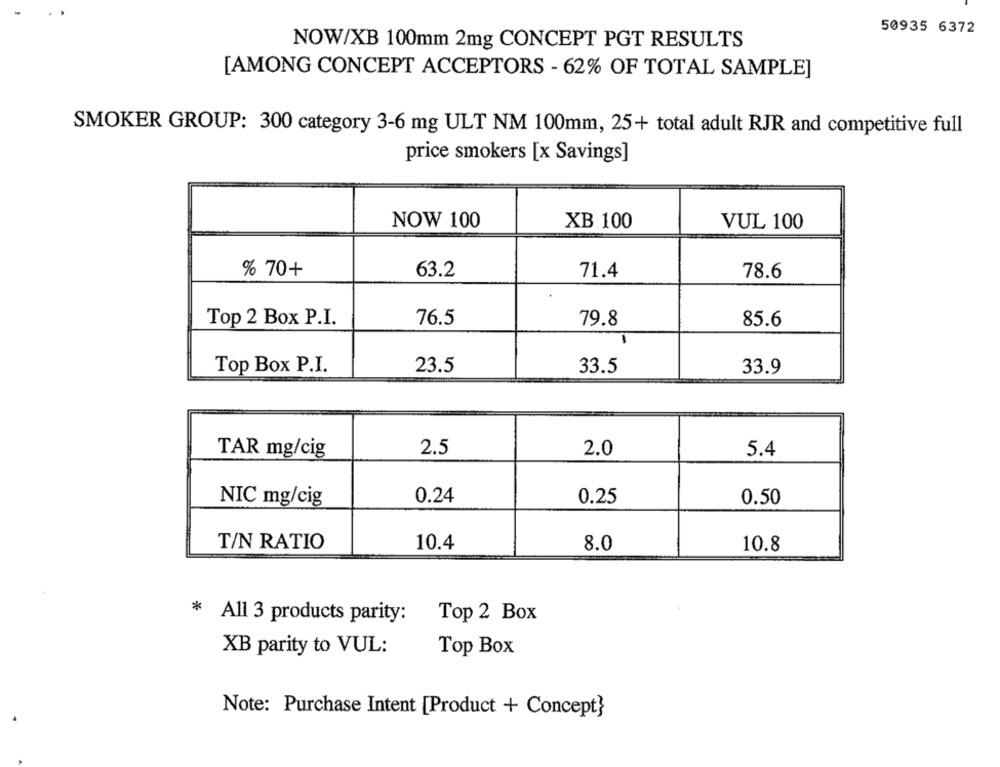
50935 6372
NOW/XB 100mm 2mg CONCEPT PGT RESULTS
[AMONG CONCEPT ACCEPTORS - 62% OF TOTAL SAMPLE]
SMOKER GROUP: 300 category 3-6 mg ULT NM 100mm, 25+ total adult RJR and competitive full
price smokers [x Savings]
NOW 100
XB 100
VUL 100
% 70+
63.2
71.4
78.6
Top 2 Box P.I.
76.5
79.8
85.6
Top Box P.I.
23.5
33.5
33.9
2.5
2.0
5.4
TAR mg/cig
0.24
NIC mg/cig
0.25
0.50
T/N RATIO
10.4
8.0
10.8
* All 3 products parity:
Top 2 Box
XB parity to VUL:
Top Box
Note: Purchase Intent [Product + Concept}